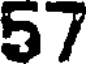
57